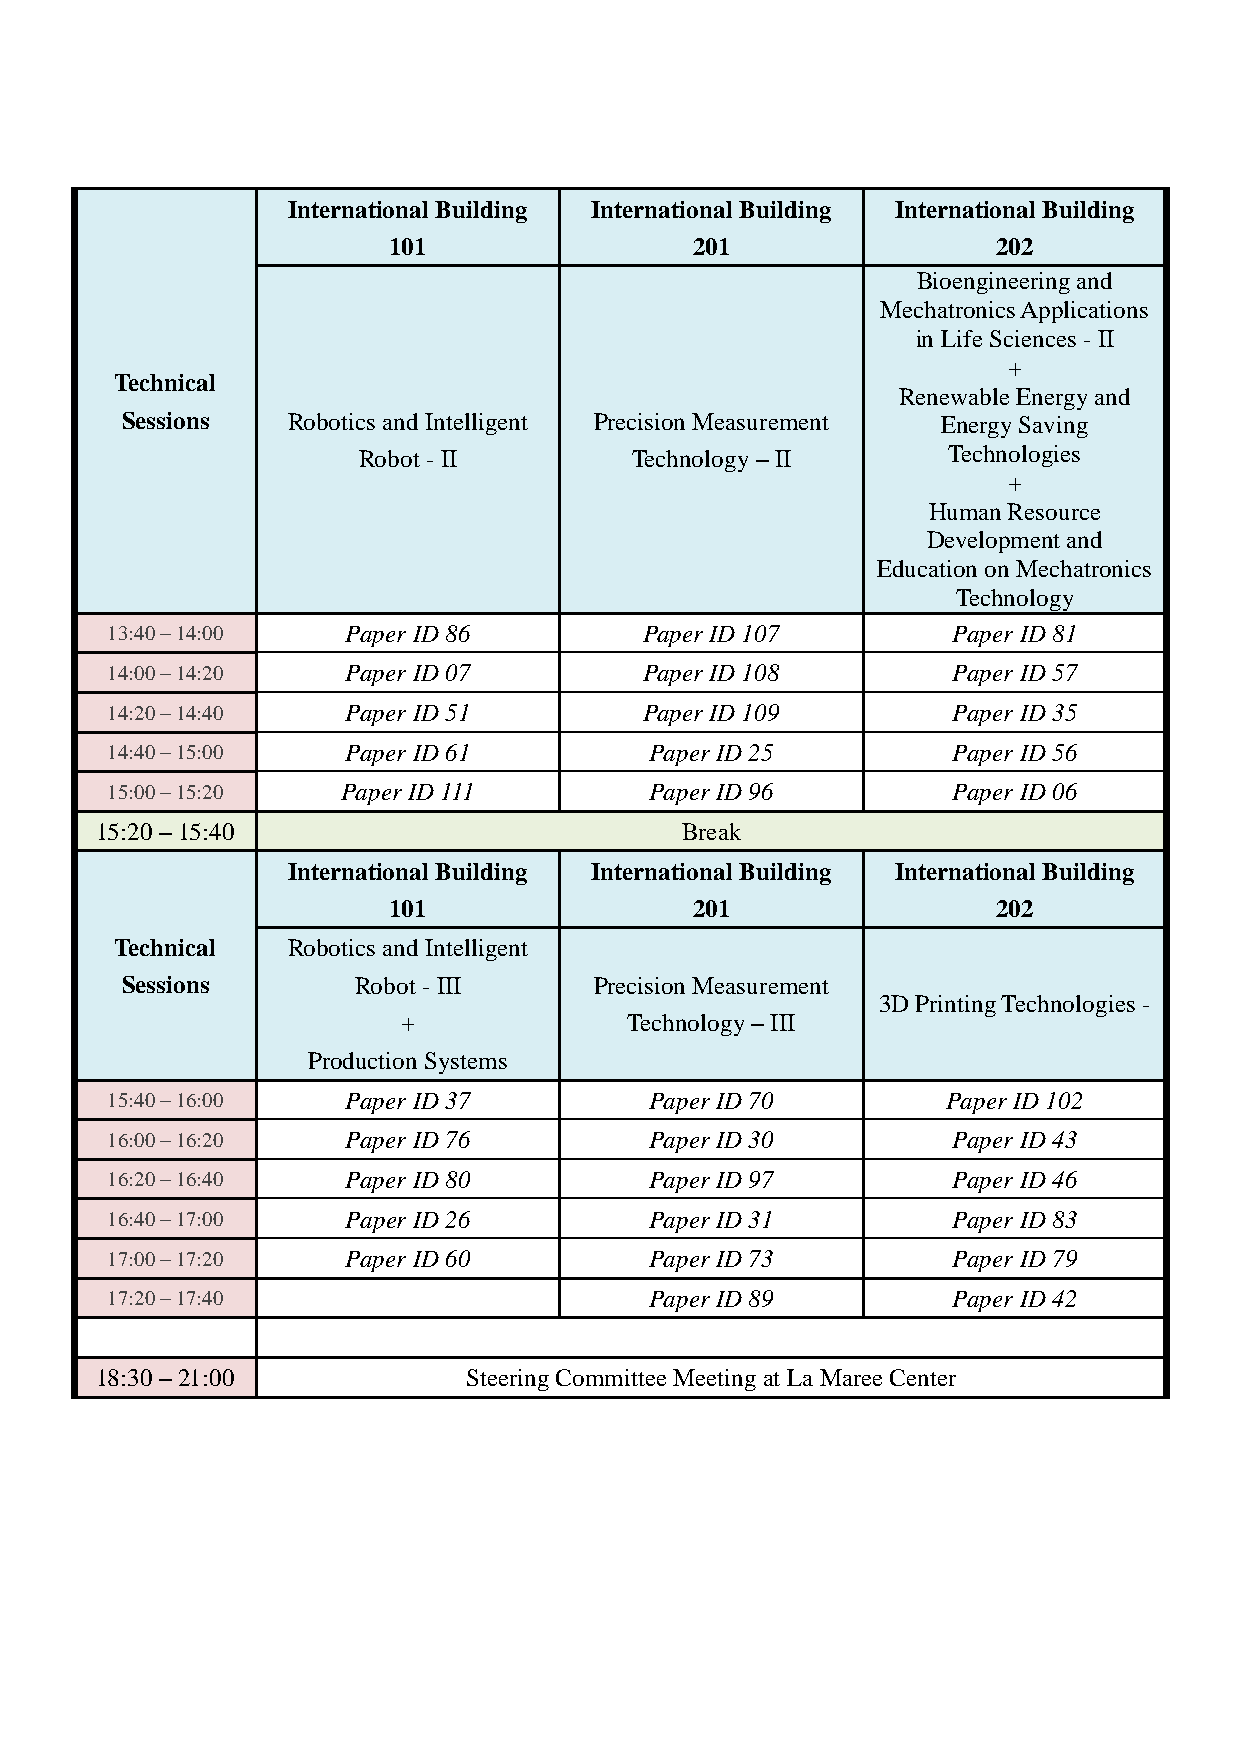
International Building International Building International Building
 101                 201                 202
 Bioengineering and
 Mechatronics Applications
 in Life Sciences - II
 +
 Technical
 Renewable Energy and
 Sessions   Robotics and Intelligent Precision Measurement Energy Saving
 Robot - II        Technology – II      Technologies
 +
 Human Resource
 Development and
 Education on Mechatronics
 Technology
 13:40 – 14:00   Paper ID 86         Paper ID 107        Paper ID 81
 14:00 – 14:20   Paper ID 07         Paper ID 108        Paper ID 57
 14:20 – 14:40   Paper ID 51         Paper ID 109        Paper ID 35
 14:40 – 15:00   Paper ID 61         Paper ID 25         Paper ID 56
 15:00 – 15:20   Paper ID 111        Paper ID 96         Paper ID 06
 15:20 – 15:40                          Break
 International Building International Building International Building
 101                 201                 202
 Technical  Robotics and Intelligent
 Sessions       Robot - III     Precision Measurement
 3D Printing Technologies -
 +              Technology – III
 Production Systems
 15:40 – 16:00   Paper ID 37         Paper ID 70         Paper ID 102
 16:00 – 16:20   Paper ID 76         Paper ID 30         Paper ID 43
 16:20 – 16:40   Paper ID 80         Paper ID 97         Paper ID 46
 16:40 – 17:00   Paper ID 26         Paper ID 31         Paper ID 83
 17:00 – 17:20   Paper ID 60         Paper ID 73         Paper ID 79
 17:20 – 17:40                       Paper ID 89         Paper ID 42
 18:30 – 21:00            Steering Committee Meeting at La Maree Center